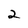
Character: 2